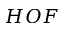
H O F